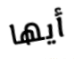
أيها